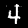
Label: 4